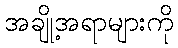
အချို့အရာများကို